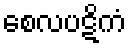
စေလပဋိကံ